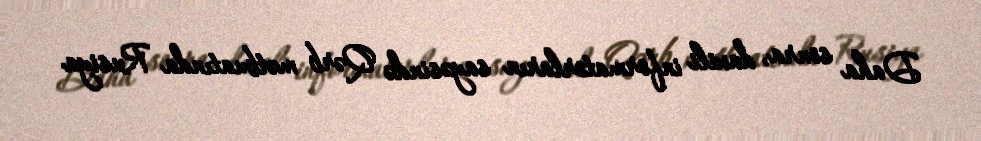
Daha sonra, daxili informatorların sayəsində Qərb mətbuatında Rusiya